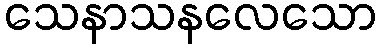
သေနာသနလေသော